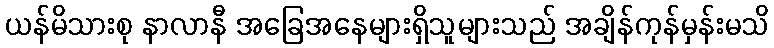
ယန်မိသားစု နာလာနီ အခြေအနေများရှိသူများသည် အချိန်ကုန်မှန်းမသိ